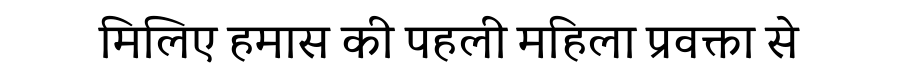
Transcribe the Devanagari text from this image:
मिलिए हमास की पहली महिला प्रवक्ता से